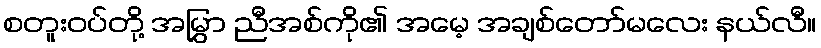
စတူးဝပ်တို့ အမြွှာ ညီအစ်ကို၏ အမေ့ အချစ်တော်မလေး နယ်လီ။